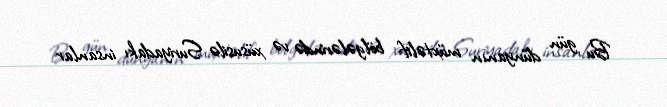
Bu gün dünyanın müxtəlif bölgələrində və xüsusilə Suriyadakı insanlar